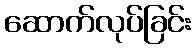
ဆောက်လုပ်ခြင်း